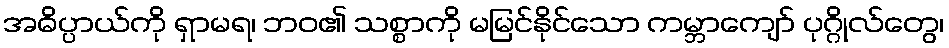
အဓိပ္ပာယ်ကို ရှာမရ၊ ဘဝ၏ သစ္စာကို မမြင်နိုင်သော ကမ္ဘာကျော် ပုဂ္ဂိုလ်တွေ၊